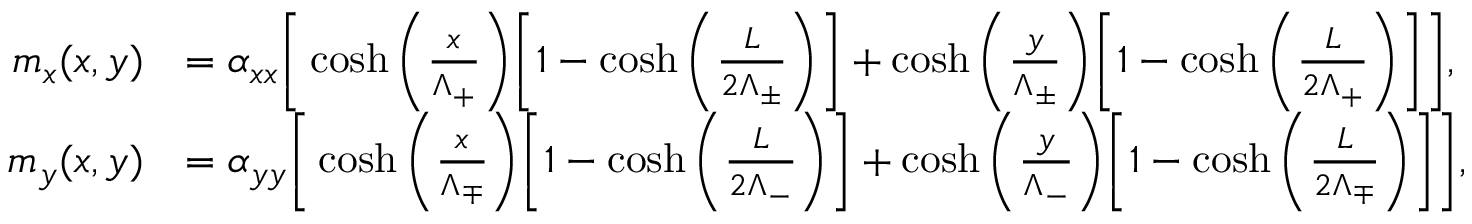
\begin{array} { r l } { m _ { x } ( x , y ) } & { = \alpha _ { x x } \bigg [ \cosh \bigg ( \frac { x } { \Lambda _ { + } } \bigg ) \bigg [ 1 - \cosh \bigg ( \frac { L } { 2 \Lambda _ { \pm } } \bigg ) \bigg ] + \cosh \bigg ( \frac { y } { \Lambda _ { \pm } } \bigg ) \bigg [ 1 - \cosh \bigg ( \frac { L } { 2 \Lambda _ { + } } \bigg ) \bigg ] \bigg ] , } \\ { m _ { y } ( x , y ) } & { = \alpha _ { y y } \bigg [ \cosh \bigg ( \frac { x } { \Lambda _ { \mp } } \bigg ) \bigg [ 1 - \cosh \bigg ( \frac { L } { 2 \Lambda _ { - } } \bigg ) \bigg ] + \cosh \bigg ( \frac { y } { \Lambda _ { - } } \bigg ) \bigg [ 1 - \cosh \bigg ( \frac { L } { 2 \Lambda _ { \mp } } \bigg ) \bigg ] \bigg ] , } \end{array}